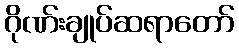
ဂိုဏ်းချုပ်ဆရာတော်